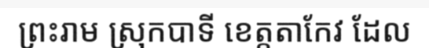
ព្រះរាម ស្រុកបាទី ខេត្តតាកែវ ដែល